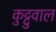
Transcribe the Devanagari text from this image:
कुट्टुवाल